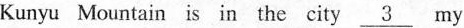
Kunyu Mountain is in the city \underline{3} my